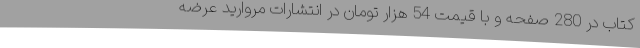
کتاب در 280 صفحه و با قیمت 54 هزار تومان در انتشارات مروارید عرضه